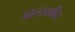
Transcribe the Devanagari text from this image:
आल्समीर